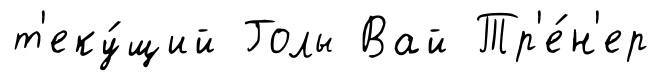
т'еку́щий Голы Вай Тр'е́н'ер